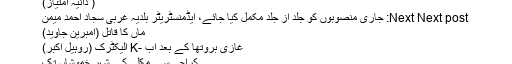
( دانیہ امتیاز)
Next Next post: جاری منصوبوں کو جلد از جلد مکمل کیا جائے، ایڈمنسٹریٹر بلدیہ غربی سجاد احمد میمن
ماں کا قاتل (امبرین جاوید)
غازی بروتھا کے بعد اب -K الیکٹرک (روہیل اکبر)
کراچی سے مکلی کے شہر خموشاں تک